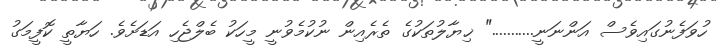
ހުވަފެނުގައިވެސް އަންނަނީ..........." ޚިޔާލުތަކުގެ ތެރެއިން ނުކުމެވުނީ މީހަކު ބެލްޖެހި އަޑަށެވެ. ހަޔާތީ ކޮފީމަގު